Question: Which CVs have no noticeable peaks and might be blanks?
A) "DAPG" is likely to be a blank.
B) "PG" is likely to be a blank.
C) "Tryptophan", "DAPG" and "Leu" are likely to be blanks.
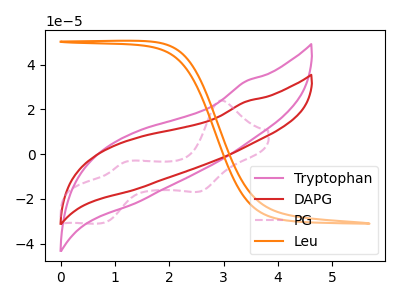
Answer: <think>The pink curve "Tryptophan" has no peaks. The red curve "DAPG" has no peaks. The pink dashed curve "PG" has anodic peaks at (2.95V, 23.95uA) (1.20V, -3.65uA) and cathodic peaks at (2.55V, -16.60uA) (0.75V, -30.85uA). The orange curve "Leu" has no peaks.</think>
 <answer>C) "Tryptophan", "DAPG" and "Leu" are likely to be blanks.</answer>
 <eval>C</eval>